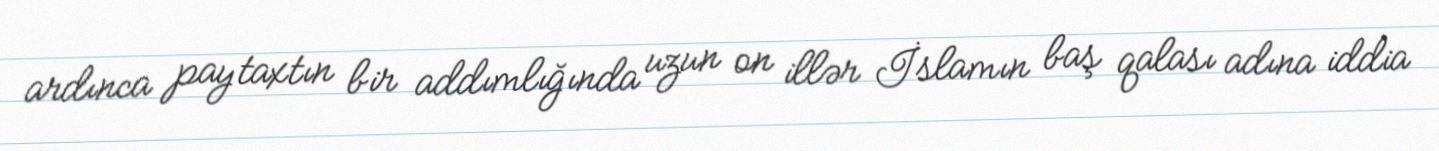
ardınca paytaxtın bir addımlığında uzun on illər İslamın baş qalası adına iddia